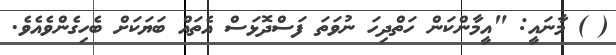
( ) މާނައީ: "އީމާންކަން ހަތްދިހަ ނުވަތަ ފަސްދޮޅަސް އެތައް ބަޔަކަށް ބެހިގެންވެއެވެ.